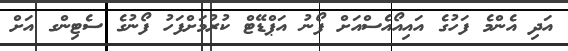
އަދި އެންމެ ފަހުގެ އައިއޯއެސްއަށް ފޯނު އަޕްޑޭޓް ކުރުމަށްފަހު ފޯނުގެ ސެޓިންގ އަށް